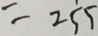
= 2 5 5